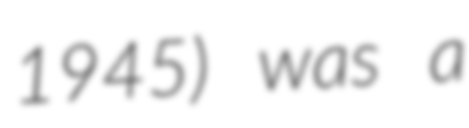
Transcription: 1945) was a